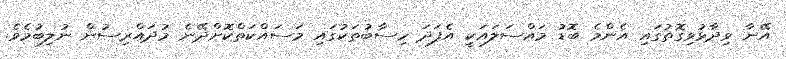
އޭނާ ވިދާޅުވިގޮތުގައި އެންމެ ބޮޑު މައްސަލައަކީ އެފަދަ ހިސާބުތަކުގައި މަސައްކަތްކޮށްދޭނެ މުދައްރިސުން ނުލިބުމެވެ.